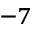
^ { - 7 }